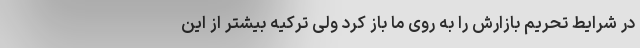
در شرایط تحریم بازارش را به روی ما باز کرد ولی ترکیه بیشتر از این